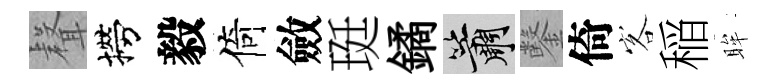
𮋻撈毅倚斂珽鐍簫鑿倚客稲眸